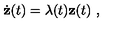
\dot { \bf z } ( t ) = \lambda ( t ) { \bf z } ( t ) \ ,